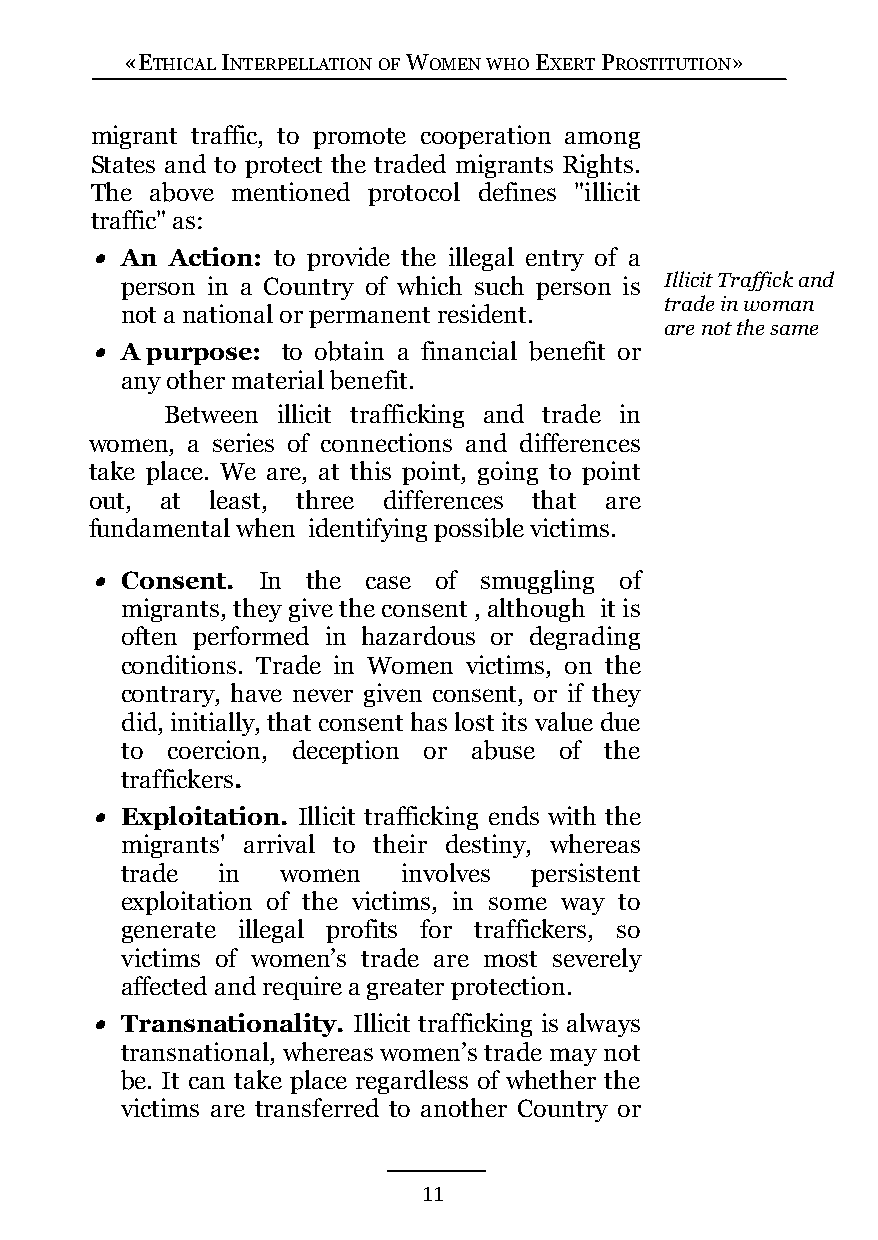
«ETHICAL INTERPELLATION OF WOMEN WHO EXERT PROSTITUTION»
 migrant traffic, to promote cooperation among
 States and to protect the traded migrants Rights.
 The above mentioned protocol defines "illicit
 traffic" as:
  An Action: to provide the illegal entry of a
 person in a Country of which such person is Illicit Traffick and
 trade in woman
 not a national or permanent resident.
 are not the same
  A purpose: to obtain a financial benefit or
 any other material benefit.
 Between illicit trafficking and trade in
 women, a series of connections and differences
 take place. We are, at this point, going to point
 out, at least, three differences that are
 fundamental when identifying possible victims.
  Consent. In the case of smuggling of
 migrants, they give the consent , although it is
 often performed in hazardous or degrading
 conditions. Trade in Women victims, on the
 contrary, have never given consent, or if they
 did, initially, that consent has lost its value due
 to coercion, deception or abuse of the
 traffickers.
  Exploitation. Illicit trafficking ends with the
 migrants' arrival to their destiny, whereas
 trade in   women   involves persistent
 exploitation of the victims, in some way to
 generate illegal profits for traffickers, so
 victims of women’s trade are most severely
 affected and require a greater protection.
  Transnationality. Illicit trafficking is always
 transnational, whereas women’s trade may not
 be. It can take place regardless of whether the
 victims are transferred to another Country or
 11